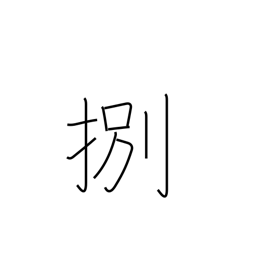
Meaning: be in demand